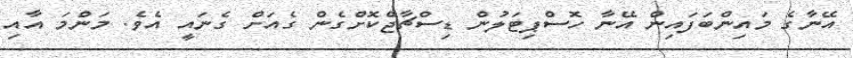
އޭނާގެ މައިންބަފައިން އޭނާ ހޮސްޕިޓަލުން ޑިސްޗާޖްކޮށްގެން ގެއަށް ގެނައީ އެވެ. މަންމަ އާއި